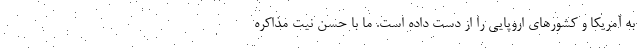
به آمریکا و کشورهای اروپایی را از دست داده است. ما با حسن نیت مذاکره